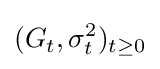
(G_{t},\sigma _{t}^{2})_{t\geq 0}